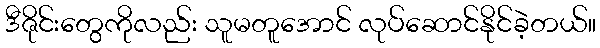
ဒီဇိုင်းတွေကိုလည်း သူမတူအောင် လုပ်ဆောင်နိုင်ခဲ့တယ်။